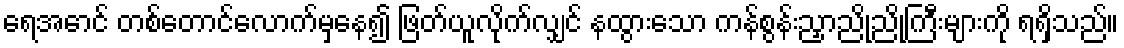
ရေအောင် တစ်တောင်လောက်မှနေ၍ ဖြတ်ယူလိုက်လျှင် နထွားသော ကန်စွန်းညှာညိုညိုကြီးများကို ရရှိသည်။